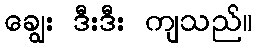
ချွေး ဒီးဒီး ကျသည်။